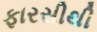
ફારસીથી